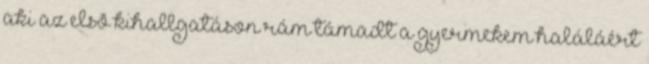
aki az elsõ kihallgatáson rám támadt a gyermekem haláláért